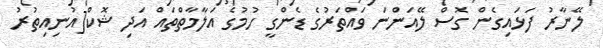
ލޭނާރު ފަޅައިގެން ގޮސް ލޭއަންނަ ވައްތަރުގެ ޑެންގީ ހުމުގެ އަލާމާތްތައް އަދި ޝޮކް[އުނިއިތުރު